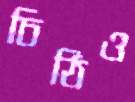
চিঠিও